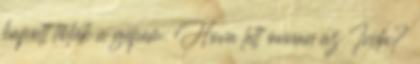
kapott tőlük a gépem. Hova lett onnan az Inda?